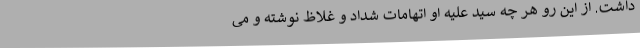
داشت. از این رو هر چه سید علیه او اتهامات شِداد و غلاظ نوشته و می